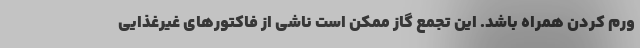
ورم کردن همراه باشد. این تجمع گاز ممکن است ناشی از فاکتورهای غیرغذایی